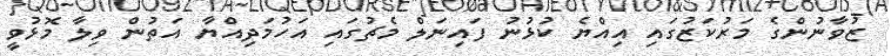
ޒުވާނުންގެ މަރުކަޒުގައި އިއްޔެ ކުޅުނު ފައިނަލް މެޗުގައި އަހުމަދިއްޔާ އަތުން ވިލާ މޮޅުވީ